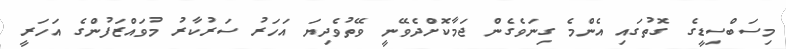
މިސަބްސިޑީގެ ގޮތުގައި އެންމެ ގިނަވެގެން ޖަމާކޮށްދެވޭނީ ވޭތުވެދިޔަ އަހަރު ސަރުކާރު މުވައްޒަފުންގެ އަހަރީ